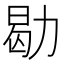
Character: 㔠